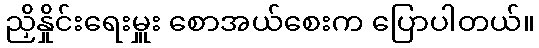
ညှိနှိုင်းရေးမှူး စောအယ်စေးက ပြောပါတယ်။